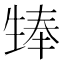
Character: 𪽃